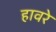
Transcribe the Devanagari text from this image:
हावरे